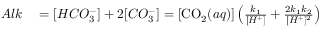
\begin{array} { r l } { A l k } & { { } = [ H C O _ { 3 } ^ { - } ] + 2 [ C O _ { 3 } ^ { - } ] = [ \ensuremath { \mathrm { C O _ { 2 } } } ( a q ) ] \left( \frac { k _ { 1 } } { [ H ^ { + } ] } + \frac { 2 k _ { 1 } k _ { 2 } } { [ H ^ { + } ] ^ { 2 } } \right) } \end{array}